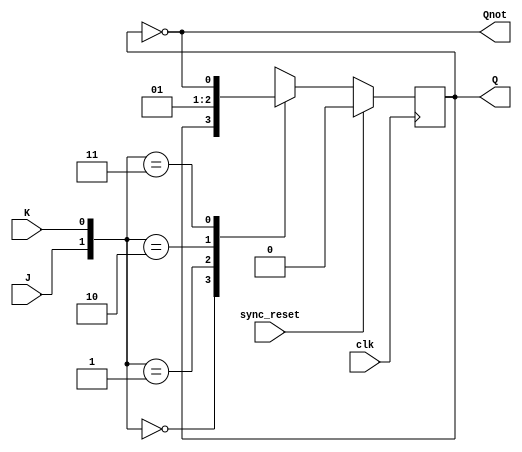
module jkff(
    input J,
    input K,
    input clk,
    input sync_reset,
    output reg Q,
    output Qnot
    );
	 
	 assign  Qnot = ~Q;
	 always @(posedge clk)
	 begin
		if (sync_reset == 1'b1)
			Q <= 0;
		else
			case ({J,K})
				2'b00: Q <= Q;
				2'b01: Q <= 1'b0;
				2'b10: Q <= 1'b1;
				2'b11: Q <= ~Q;
			endcase
	 end
endmodule